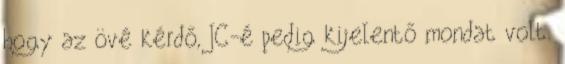
hogy az övé kérdő, JC-é pedig kijelentő mondat volt.